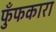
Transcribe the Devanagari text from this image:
फुँफकारा